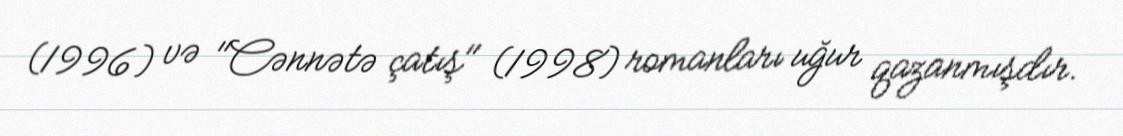
(1996) və "Cənnətə çatış" (1998) romanları uğur qazanmışdır.